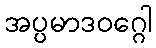
အပ္ပမာဒဝဂ္ဂေါ